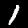
Label: 1